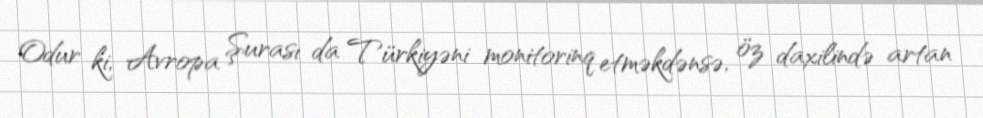
Odur ki, Avropa Şurası da Türkiyəni monitorinq etməkdənsə, öz daxilində artan